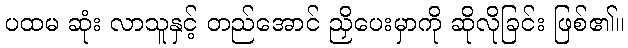
ပထမ ဆုံး လာသူနှင့် တည်အောင် ညှိပေးမှာကို ဆိုလိုခြင်း ဖြစ်၏။